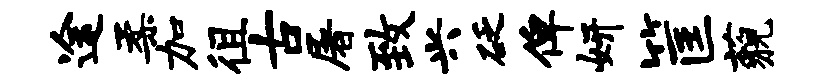
途柔加徂古屠致兴砭俾妍筐藐